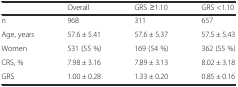
<table><thead><tr><td></td><td><b>Overall</b></td><td><b>GRS ≥1.10</b></td><td><b>GRS &lt;1.10</b></td></tr></thead><tbody><tr><td>n</td><td>968</td><td>311</td><td>657</td></tr><tr><td>Age, years</td><td>57.6 ± 5.41</td><td>57.6 ± 5.37</td><td>57.5 ± 5.43</td></tr><tr><td>Women</td><td>531 (55 %)</td><td>169 (54 %)</td><td>362 (55 %)</td></tr><tr><td>CRS, %</td><td>7.98 ± 3.16</td><td>7.89 ± 3.13</td><td>8.02 ± 3.18</td></tr><tr><td>GRS</td><td>1.00 ± 0.28</td><td>1.33 ± 0.20</td><td>0.85 ± 0.16</td></tr></tbody></table>